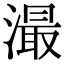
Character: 㵊